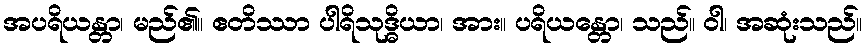
အပရိယန္တာ၊ မည်၏။ ဧတိဿာ ပါရိသုဒ္ဓိယာ၊ အား။ ပရိယန္တော၊ သည်။ ဝါ၊ အဆုံးသည်။